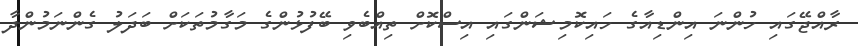
ރާއްޖޭގައި ހުންނަ އިންޑިއާގެ ހައިކޮމިޝަންގަައި އިސްކޮށް ތިއްބެވި ބޭފުޅުންގެ މަގާމުތަކަށް ބަދަލު ގެންނަމުންދާ